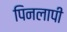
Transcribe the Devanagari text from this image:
पिनलापी